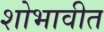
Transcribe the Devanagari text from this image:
शोभावीत